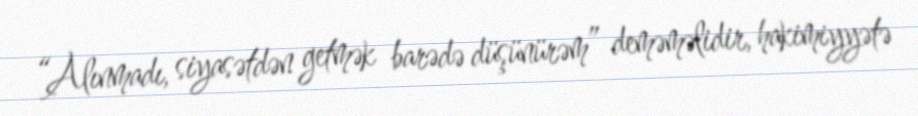
“Alınmadı, siyasətdən getmək barədə düşünürəm” deməməlidir, hakimiyyətə